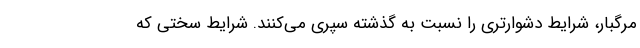
مرگبار، شرایط دشوارتری را نسبت به گذشته سپری می‌کنند. شرایط سختی که